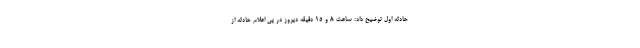
حادثه اول توضیح داد: ساعت ۸ و ۱۵ دقیقه دیروز در پی اعلام حادثه از